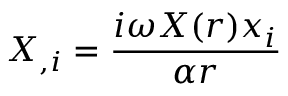
X _ { , i } = \frac { i \omega X ( r ) x _ { i } } { \alpha r }